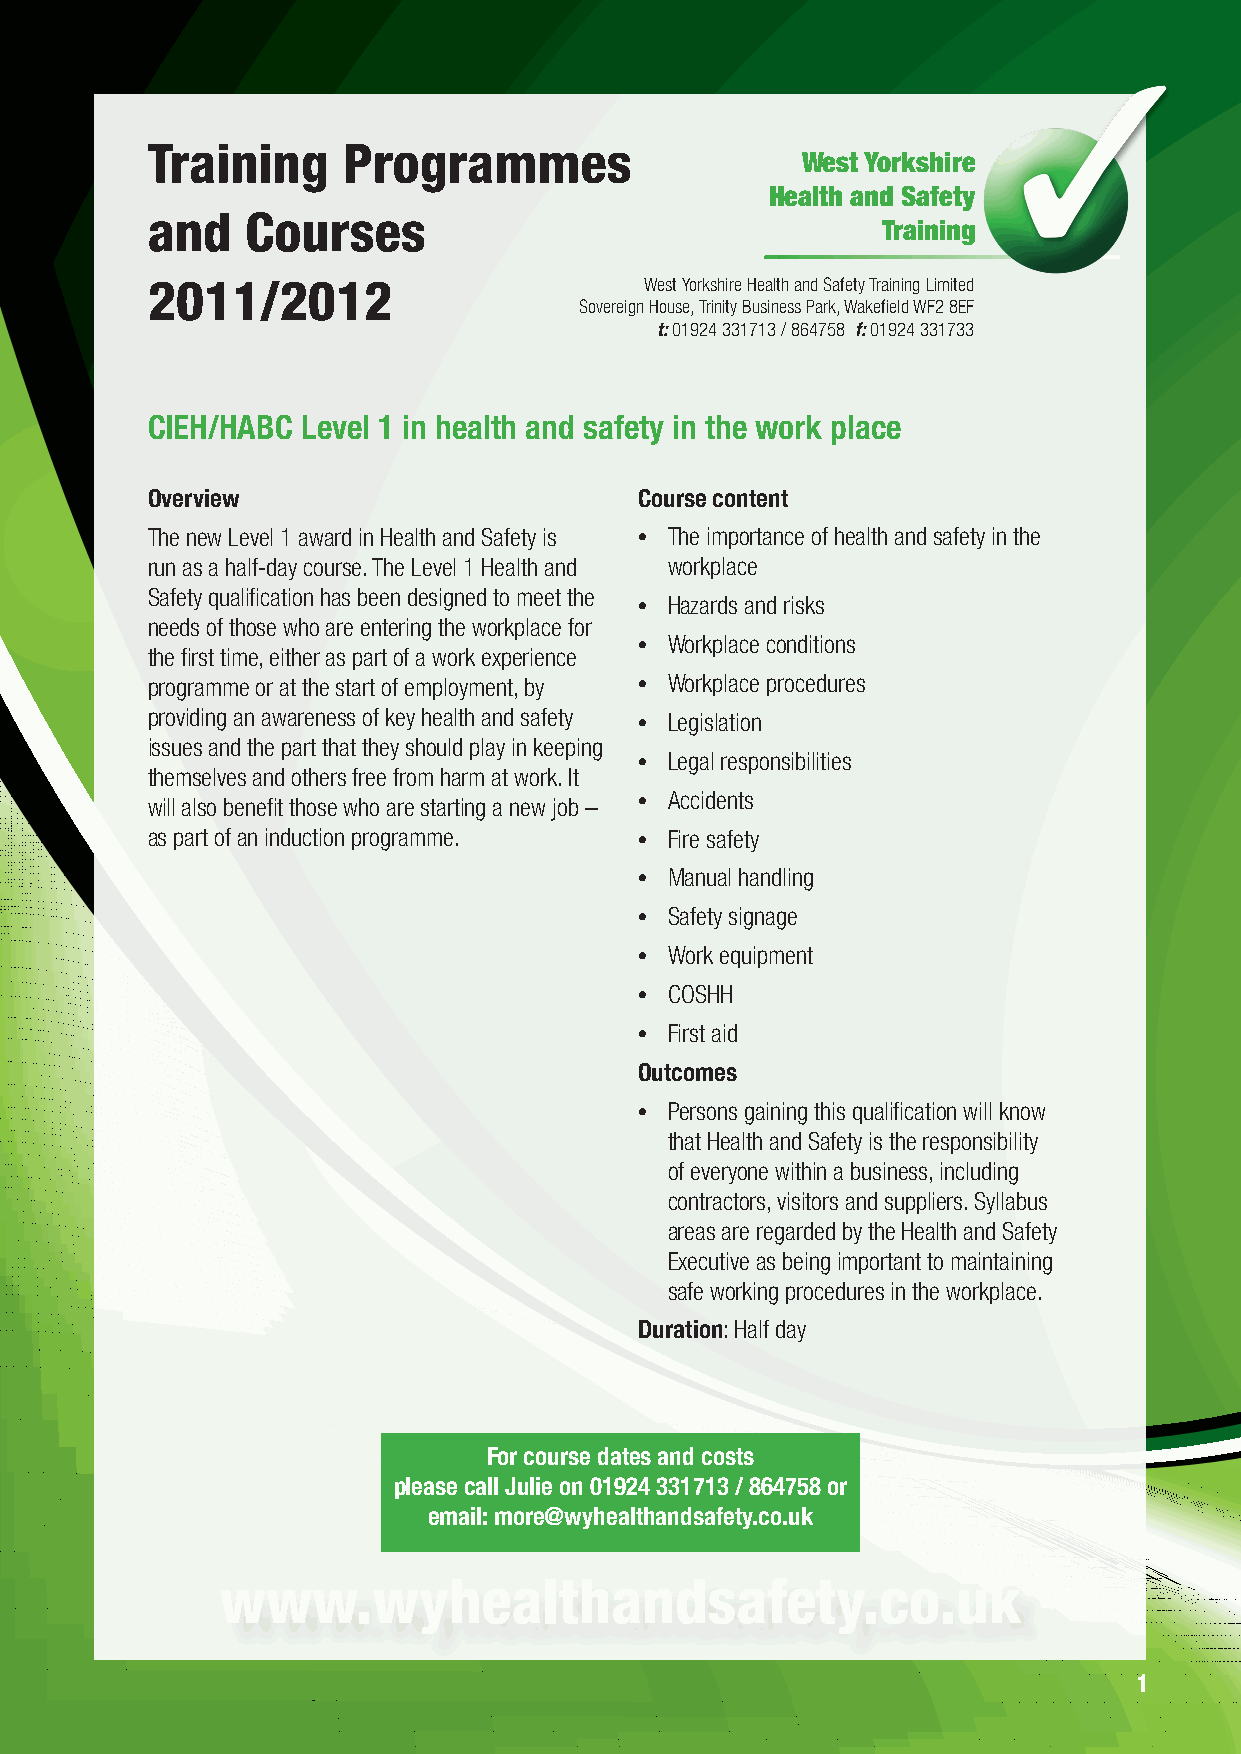
Training     Programmes
 West Yorkshire
 Health and Safety
 and   Courses
 Training
 2011/2012                        West Yorkshire Health and Safety Training Limited
 Sovereign House, Trinity Business Park, Wakefield WF2 8EF
 t: 01924 331713 / 864758 f: 01924 331733
 CIEH/HABC Level 1 in health and safety in the work place
 Overview                        Course content
 The new Level 1 award in Health and Safety is • The importance of health and safety in the
 run as a half-day course. The Level 1 Health and workplace
 Safety qualification has been designed to meet the
 • Hazards and risks
 needs of those who are entering the workplace for
 • Workplace conditions
 the first time, either as part of a work experience
 programme or at the start of employment, by • Workplace procedures
 providing an awareness of key health and safety • Legislation
 issues and the part that they should play in keeping
 • Legal responsibilities
 themselves and others free from harm at work. It
 will also benefit those who are starting a new job – • Accidents
 as part of an induction programme. • Fire safety
 • Manual handling
 • Safety signage
 • Work equipment
 • COSHH
 • First aid
 Outcomes
 • Persons gaining this qualification will know
 that Health and Safety is the responsibility
 of everyone within a business, including
 contractors, visitors and suppliers. Syllabus
 areas are regarded by the Health and Safety
 Executive as being important to maintaining
 safe working procedures in the workplace.
 Duration: Half day
 For course dates and costs
 please call Julie on 01924 331713 / 864758 or
 email: more@wyhealthandsafety.co.uk
 www.wyhealthandsafety.co.uk
 1